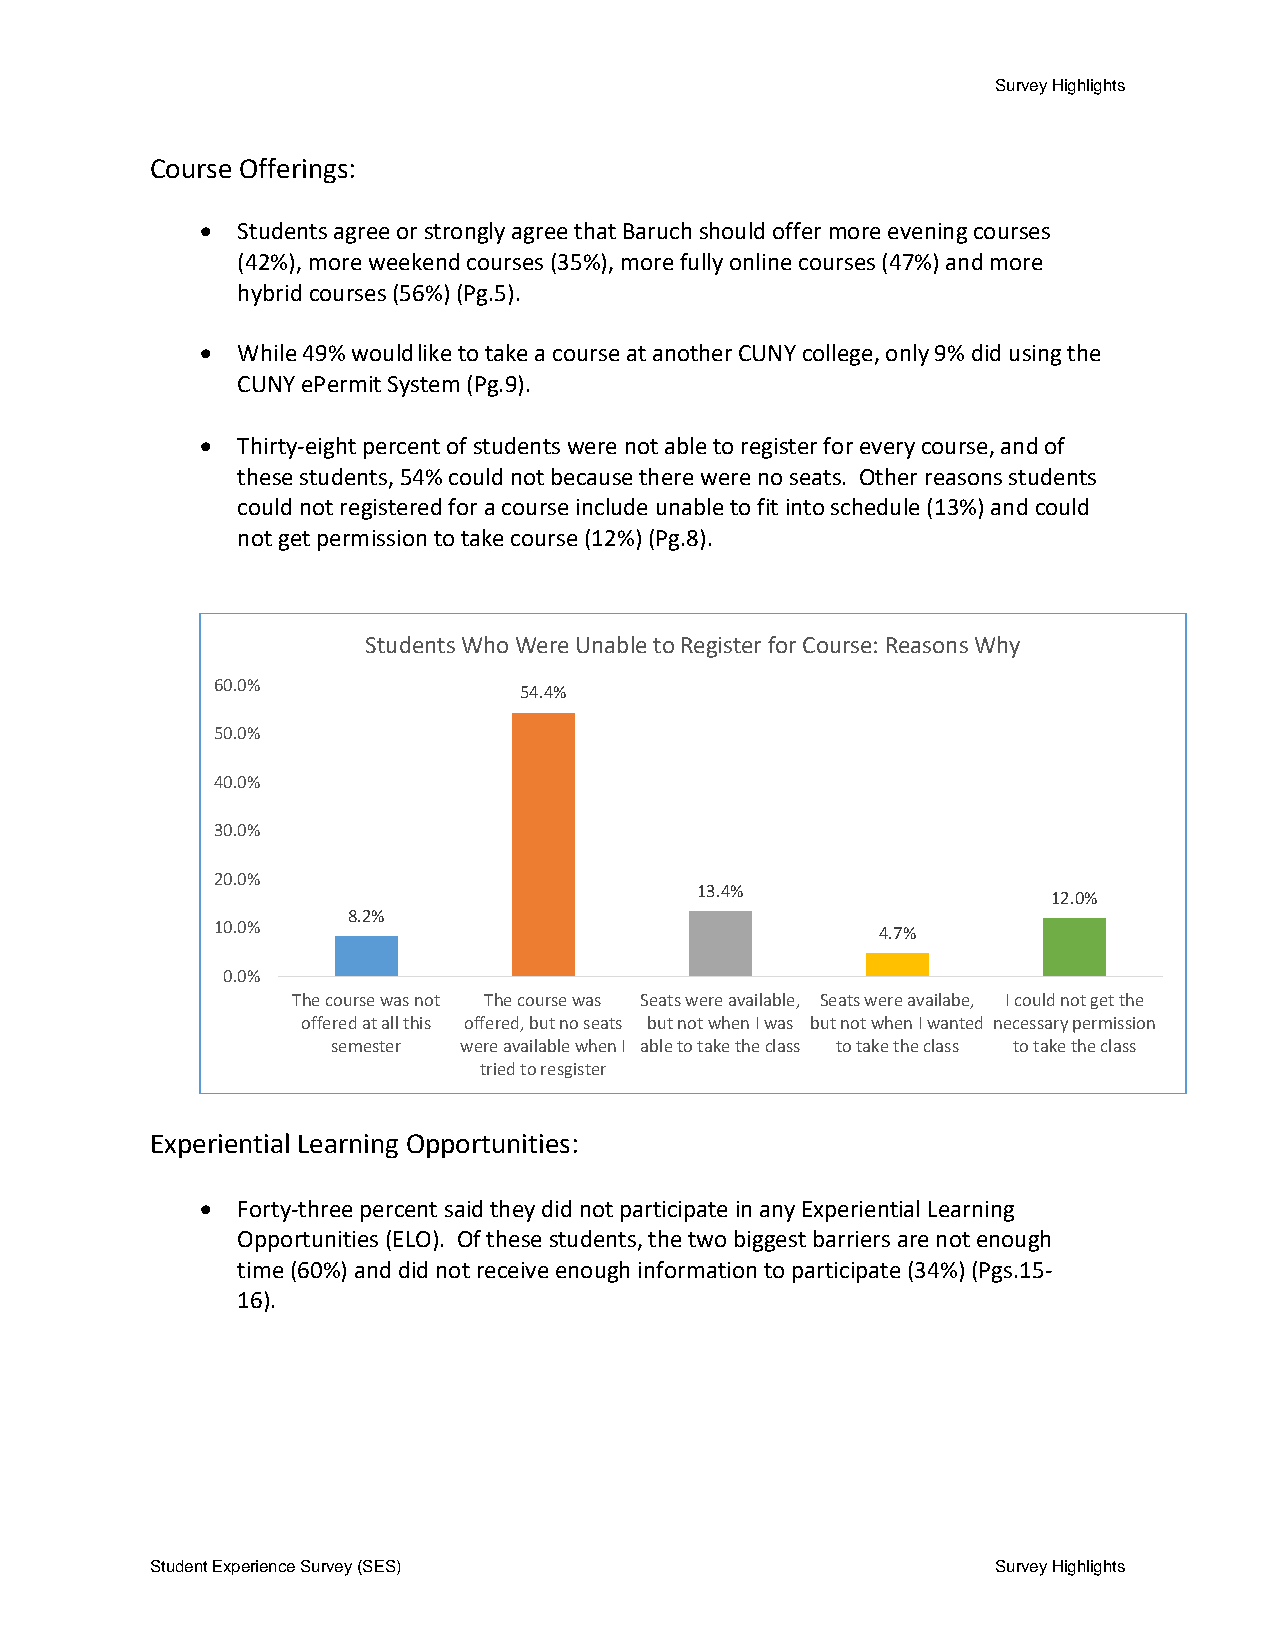
Survey Highlights
 Course Offerings:
 •  Students agree or strongly agree that Baruch should offer more evening courses
 (42%), more weekend courses (35%), more fully online courses (47%) and more
 hybrid courses (56%) (Pg.5).
 •  While 49% would like to take a course at another CUNY college, only 9% did using the
 CUNY ePermit System (Pg.9).
 •  Thirty-eight percent of students were not able to register for every course, and of
 these students, 54% could not because there were no seats. Other reasons students
 could not registered for a course include unable to fit into schedule (13%) and could
 not get permission to take course (12%) (Pg.8).
 Students Who Were Unable to Register for Course: Reasons Why
 60.0%
 54.4%
 50.0%
 40.0%
 30.0%
 20.0%
 13.4%
 12.0%
 8.2%
 10.0%                                       4.7%
 0.0%
 The course was not The course was Seats were available, Seats were availabe, I could not get the
 offered at all this offered, but no seats but not when I was but not when I wanted necessary permission
 semester were available when I able to take the class to take the class to take the class
 tried to resgister
 Experiential Learning Opportunities:
 •  Forty-three percent said they did not participate in any Experiential Learning
 Opportunities (ELO). Of these students, the two biggest barriers are not enough
 time (60%) and did not receive enough information to participate (34%) (Pgs.15-
 16).
 Student Experience Survey (SES)                         Survey Highlights